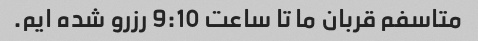
متاسفم قربان ما تا ساعت 9:10 رزرو شده ایم.